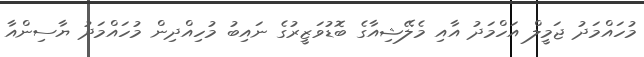
މުހައްމަދު ޖަމީލް އަހްމަދު އާއި މެލޭޝިއާގެ ބޮޑުވަޒީރުގެ ނައިބު މުހިއްދިން މުހައްމަދު ޔާސިންއާ